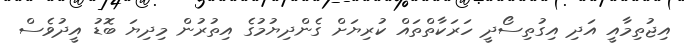
އިޖުތިމާއީ އަދި އިގުތިސޯދީ ހަރަކާތްތައް ކުރިޔަށް ގެންދިޔުމުގެ އިތުރުން މިދިޔަ ބޮޑު އީދުވެސް